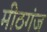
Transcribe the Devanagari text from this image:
मीठगंज